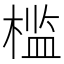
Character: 槛